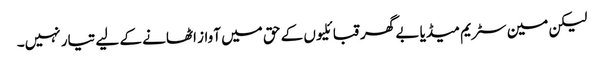
لیکن مین سٹریم میڈیا بے گھر قبائلیوں کے حق میں آواز اٹھانے کے لیے تیار نہیں۔